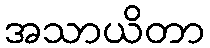
အသာယိတာ